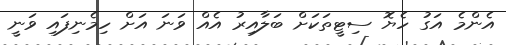
އެންމެ އަގު ހެޔޮ ސިޓީތަކަށް ބަލާއިރު އެއް ވަނަ އަށް ހިމެނިފައި ވަނީ